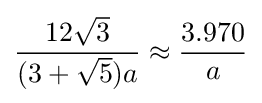
{\frac {12{\sqrt {3}}}{(3+{\sqrt {5}})a}}\approx {\frac {3.970}{a}}